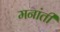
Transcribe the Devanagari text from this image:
मनांती